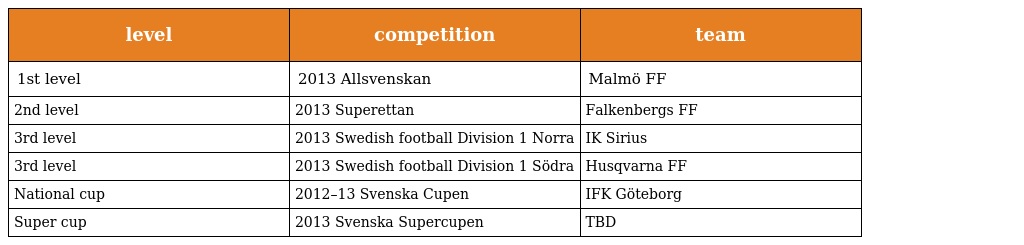
| level | competition | team |
 | --- | --- | --- |
 | 1st level | 2013 Allsvenskan | Malmö FF |
 | 2nd level | 2013 Superettan | Falkenbergs FF |
 | 3rd level | 2013 Swedish football Division 1 Norra | IK Sirius |
 | 3rd level | 2013 Swedish football Division 1 Södra | Husqvarna FF |
 | National cup | 2012–13 Svenska Cupen | IFK Göteborg |
 | Super cup | 2013 Svenska Supercupen | TBD |